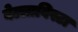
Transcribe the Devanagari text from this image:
बेल्लाविस्टा